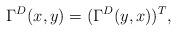
LaTeX: \begin{align*} \Gamma^D(x,y) = (\Gamma^D(y,x))^T,\end{align*}